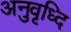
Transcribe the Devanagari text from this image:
अनुवृध्दि